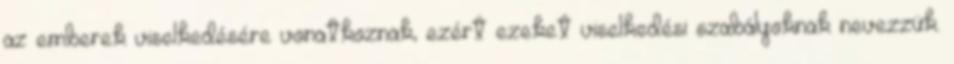
az emberek viselkedésére vonatkoznak, ezért ezeket viselkedési szabályoknak nevezzük.